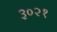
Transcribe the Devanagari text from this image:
३०२१